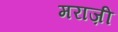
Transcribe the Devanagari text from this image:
मराज़ी